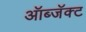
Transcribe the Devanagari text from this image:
ऑब्जॅक्ट